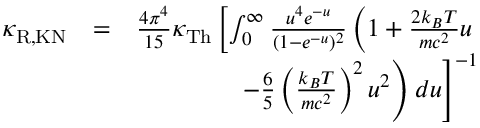
\begin{array} { r l r } { \kappa _ { \mathrm { R , K N } } } & { = } & { \frac { 4 \pi ^ { 4 } } { 1 5 } \kappa _ { \mathrm { T h } } \left[ \int _ { 0 } ^ { \infty } \frac { u ^ { 4 } e ^ { - u } } { ( 1 - e ^ { - u } ) ^ { 2 } } \left( 1 + \frac { 2 k _ { B } T } { m c ^ { 2 } } u \right. \right. } \\ & { } & { \left. \left. - \frac { 6 } { 5 } \left( \frac { k _ { B } T } { m c ^ { 2 } } \right) ^ { 2 } u ^ { 2 } \right) d u \right] ^ { - 1 } } \end{array}